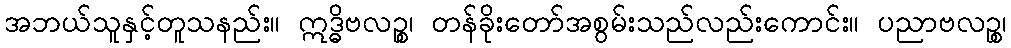
အဘယ်သူနှင့်တူသနည်း။ ဣဒ္ဓိဗလဉ္စ၊ တန်ခိုးတော်အစွမ်းသည်လည်းကောင်း။ ပညာဗလဉ္စ၊